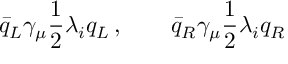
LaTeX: \bar { q } _ { L } \gamma _ { \mu } { \frac { 1 } { 2 } } \lambda _ { i } q _ { L } \, , \qquad \bar { q } _ { R } \gamma _ { \mu } { \frac { 1 } { 2 } } \lambda _ { i } q _ { R }